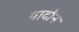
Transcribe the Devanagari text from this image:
यादोन